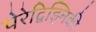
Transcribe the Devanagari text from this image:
पेरेद्विझ्निकी